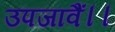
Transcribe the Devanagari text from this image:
उपजावैं।।